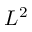
L ^ { 2 }